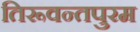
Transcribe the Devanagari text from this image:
तिरूवन्तपुरम